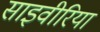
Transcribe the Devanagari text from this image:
साइवीरिया